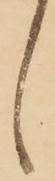
候